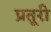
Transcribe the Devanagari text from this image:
प्रतूरी